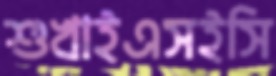
শুখাইএসইসি